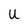
Character: U